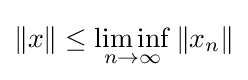
\Vert x\Vert \leq \liminf _{n\to \infty }\Vert x_{n}\Vert